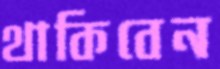
থাকিবেন